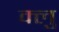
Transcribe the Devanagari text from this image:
क्लु